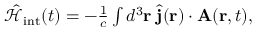
\begin{array} { r } { \hat { \mathcal { H } } _ { \mathrm { i n t } } ( t ) = - \frac { 1 } { c } \int d ^ { 3 } { \bf r } \; \hat { { \bf j } } ( { \bf r } ) \cdot { \bf A } ( { \bf r } , t ) , } \end{array}